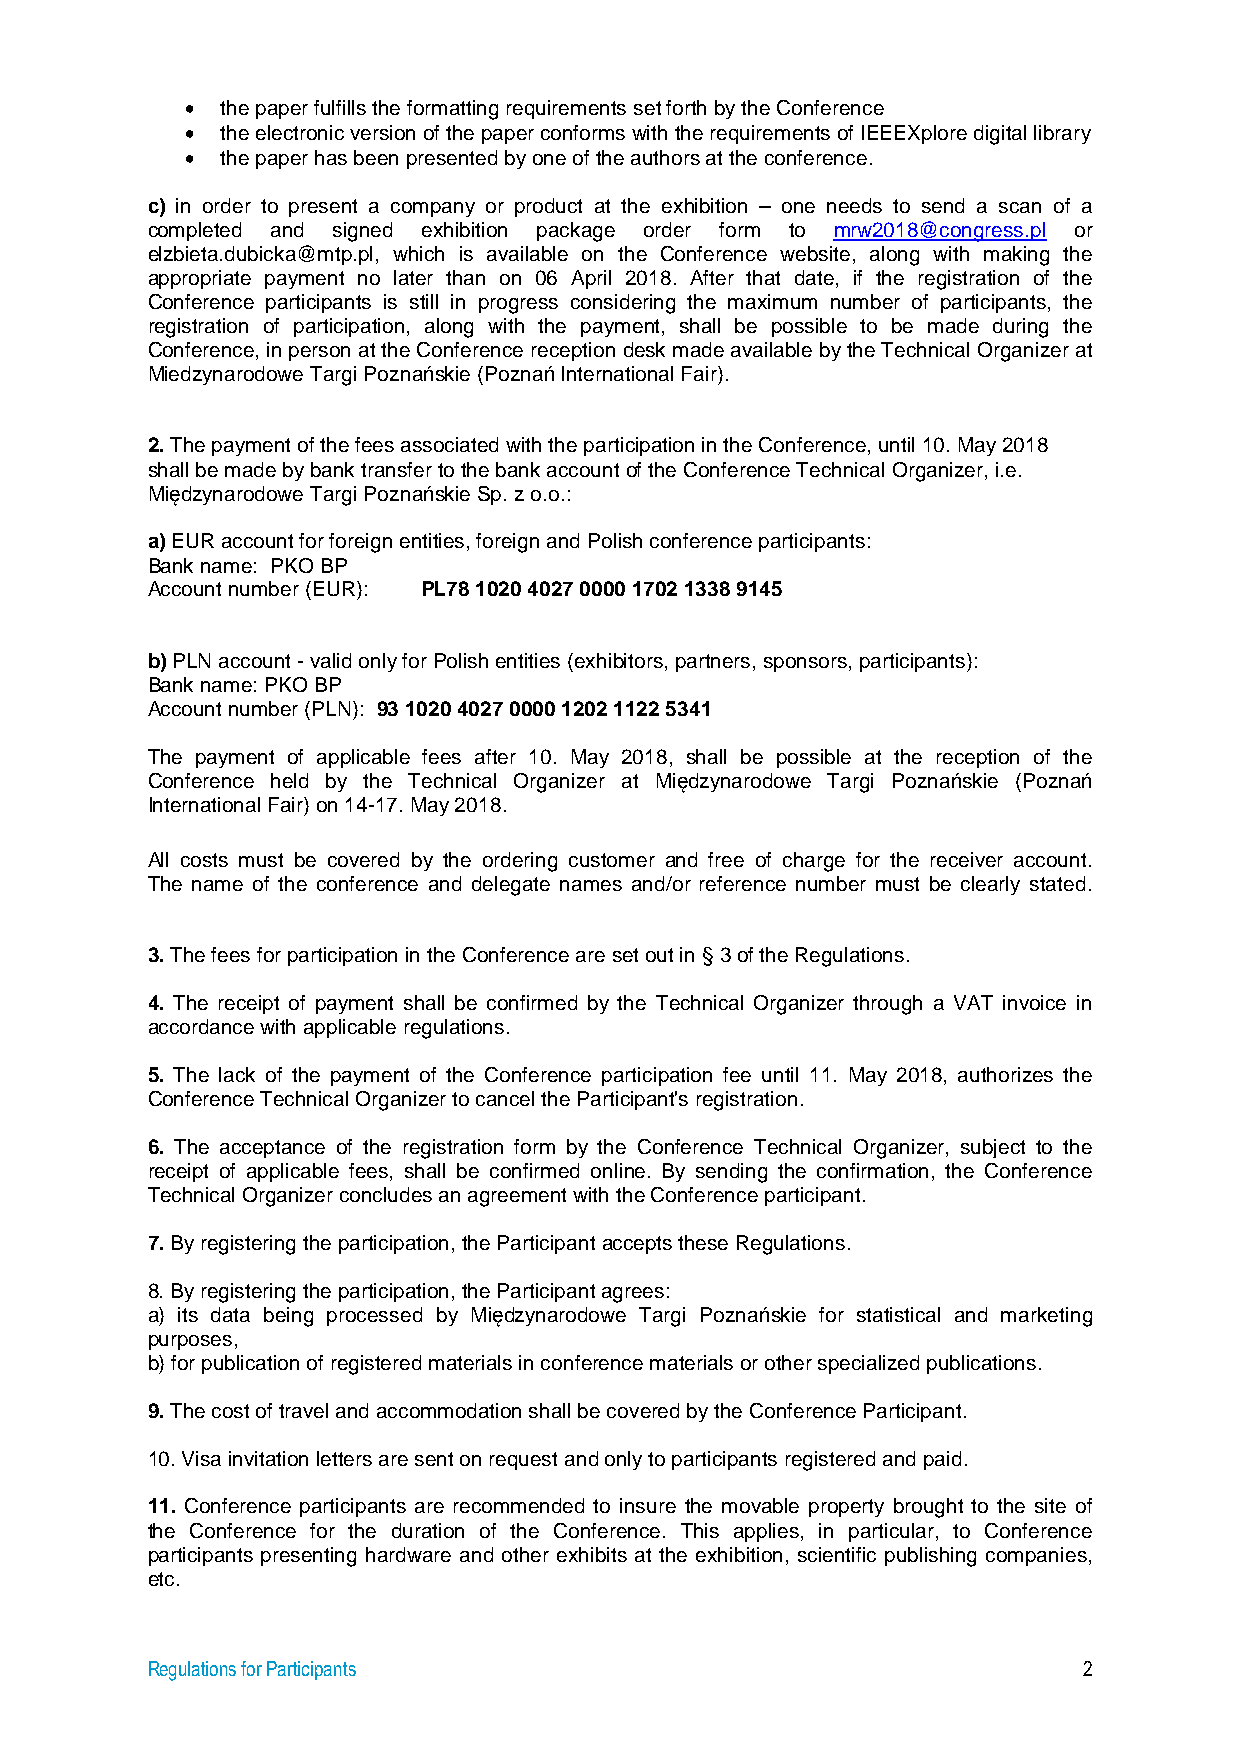
•  the paper fulfills the formatting requirements set forth by the Conference
 •  the electronic version of the paper conforms with the requirements of IEEEXplore digital library
 •  the paper has been presented by one of the authors at the conference.
 c) in order to present a company or product at the exhibition – one needs to send a scan of a
 completed and signed exhibition package order form to mrw2018@congress.pl or
 elzbieta.dubicka@mtp.pl, which is available on the Conference website, along with making the
 appropriate payment no later than on 06 April 2018. After that date, if the registration of the
 Conference participants is still in progress considering the maximum number of participants, the
 registration of participation, along with the payment, shall be possible to be made during the
 Conference, in person at the Conference reception desk made available by the Technical Organizer at
 Miedzynarodowe Targi Poznańskie (Poznań International Fair).
 2. The payment of the fees associated with the participation in the Conference, until 10. May 2018
 shall be made by bank transfer to the bank account of the Conference Technical Organizer, i.e.
 Międzynarodowe Targi Poznańskie Sp. z o.o.:
 a) EUR account for foreign entities, foreign and Polish conference participants:
 Bank name: PKO BP
 Account number (EUR): PL78 1020 4027 0000 1702 1338 9145
 b) PLN account - valid only for Polish entities (exhibitors, partners, sponsors, participants):
 Bank name: PKO BP
 Account number (PLN): 93 1020 4027 0000 1202 1122 5341
 The payment of applicable fees after 10. May 2018, shall be possible at the reception of the
 Conference held by the Technical Organizer at Międzynarodowe Targi Poznańskie (Poznań
 International Fair) on 14-17. May 2018.
 All costs must be covered by the ordering customer and free of charge for the receiver account.
 The name of the conference and delegate names and/or reference number must be clearly stated.
 3. The fees for participation in the Conference are set out in § 3 of the Regulations.
 4. The receipt of payment shall be confirmed by the Technical Organizer through a VAT invoice in
 accordance with applicable regulations.
 5. The lack of the payment of the Conference participation fee until 11. May 2018, authorizes the
 Conference Technical Organizer to cancel the Participant's registration.
 6. The acceptance of the registration form by the Conference Technical Organizer, subject to the
 receipt of applicable fees, shall be confirmed online. By sending the confirmation, the Conference
 Technical Organizer concludes an agreement with the Conference participant.
 7. By registering the participation, the Participant accepts these Regulations.
 8. By registering the participation, the Participant agrees:
 a) its data being processed by Międzynarodowe Targi Poznańskie for statistical and marketing
 purposes,
 b) for publication of registered materials in conference materials or other specialized publications.
 9. The cost of travel and accommodation shall be covered by the Conference Participant.
 10. Visa invitation letters are sent on request and only to participants registered and paid.
 11. Conference participants are recommended to insure the movable property brought to the site of
 the Conference for the duration of the Conference. This applies, in particular, to Conference
 participants presenting hardware and other exhibits at the exhibition, scientific publishing companies,
 etc.
 Regulations for Participants                                  2